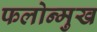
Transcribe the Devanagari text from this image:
फलोन्मुख